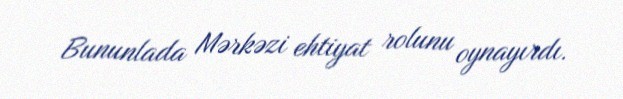
Bununlada Mərkəzi ehtiyat rolunu oynayırdı.